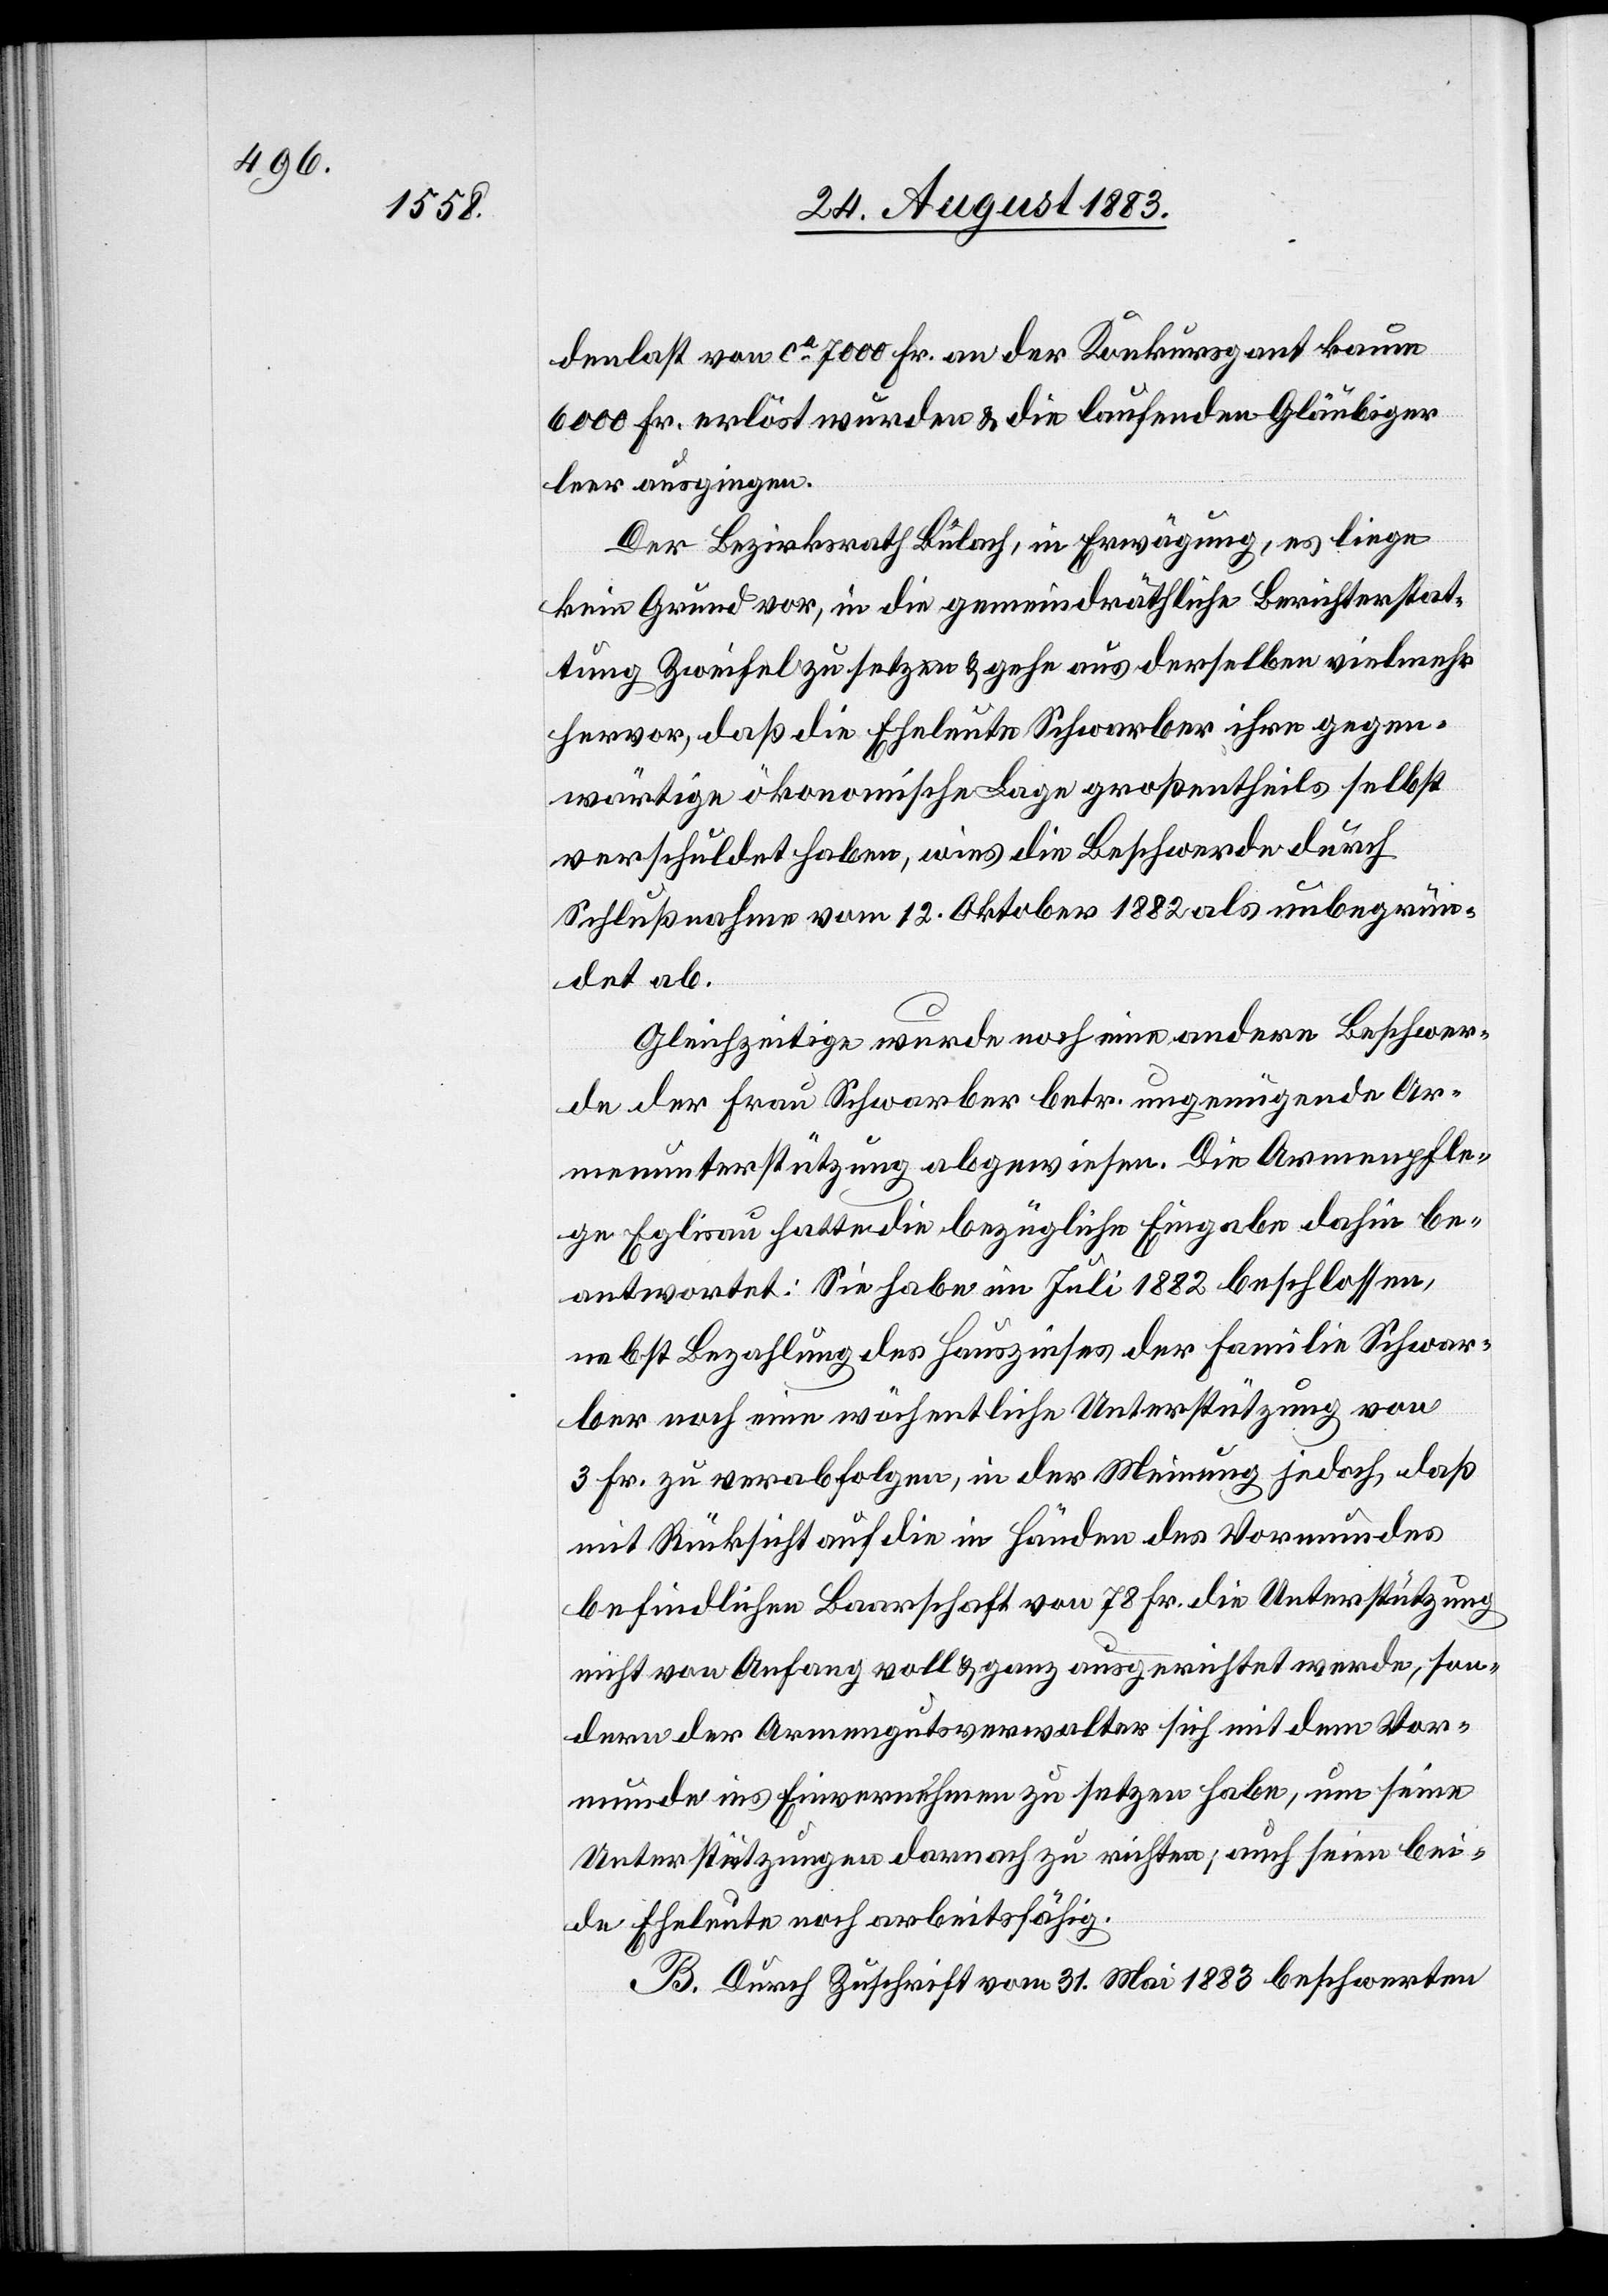
denlast von ca 7000 Fr. an der Konkursgant kaum
6000 Fr. erlöst wurden & die laufenden Gläubiger
leer ausgingen.
Der Bezirksrath Bülach, in Erwägung, es liege
kein Grund vor, in die gemeindräthliche Berichterstat¬
tung Zweifel zu setzen & gehe aus derselben vielmehr
hervor, daß die Eheleute Schwarber ihre gegen¬
wärtige ökonomische Lage großentheils selbst
verschuldet haben, wies die Beschwerde durch
Schlußnahme vom 12. Oktober 1882 als unbegrün¬
det ab.
Gleichzeitige [sic!] wurde noch eine andere Beschwer¬
de der Frau Schwarber betr. ungenügende Ar¬
menunterstützung abgewiesen. Die Armenpfle¬
ge Eglisau hatte die bezügliche Eingabe dahin be¬
antwortet: Sie habe im Juli 1882 beschlossen,
nebst Bezahlung des Hauszinses der Familie Schwar¬
ber noch eine wöchentliche Unterstützung von
3 Fr. zu verabfolgen, in der Meinung jedoch, daß
mit Rücksicht auf die in Händen des Vormundes
befindliche Baarschaft von 78 Fr. die Unterstützung
nicht von Anfang voll & ganz ausgerichtet werde, son¬
dern der Armengutsverwalter sich mit dem Vor¬
munde ins Einvernehmen zu setzen habe, um seine
Unterstützungen darnach zu richten; auch seien bei¬
de Eheleute noch arbeitsfähig.
B. Durch Zuschrift vom 31. Mai 1883 beschwerten